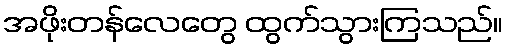
အဖိုးတန်လေတွေ ထွက်သွားကြသည်။